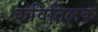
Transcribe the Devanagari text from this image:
कवितिलक